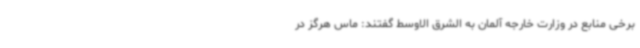
برخی منابع در وزارت خارجه آلمان به الشرق الاوسط گفتند: ماس هرگز در